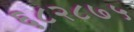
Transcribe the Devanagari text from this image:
६८२८७५